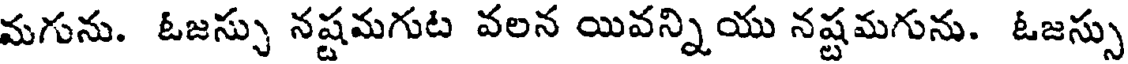
మగును. ఓజస్సు నష్టమగుట వలన యివన్నియు నష్టమగును. ఓజస్సు